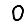
Digit: 0